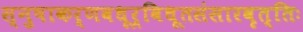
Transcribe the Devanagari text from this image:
स्नुषाकर्णवधूर्विधूतसंसारवृत्तिः